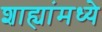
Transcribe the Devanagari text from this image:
शाह्यांमध्ये